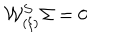
{ \cal W _ { ( \xi ) } ^ { S } } \Sigma = 0